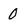
Character: 0